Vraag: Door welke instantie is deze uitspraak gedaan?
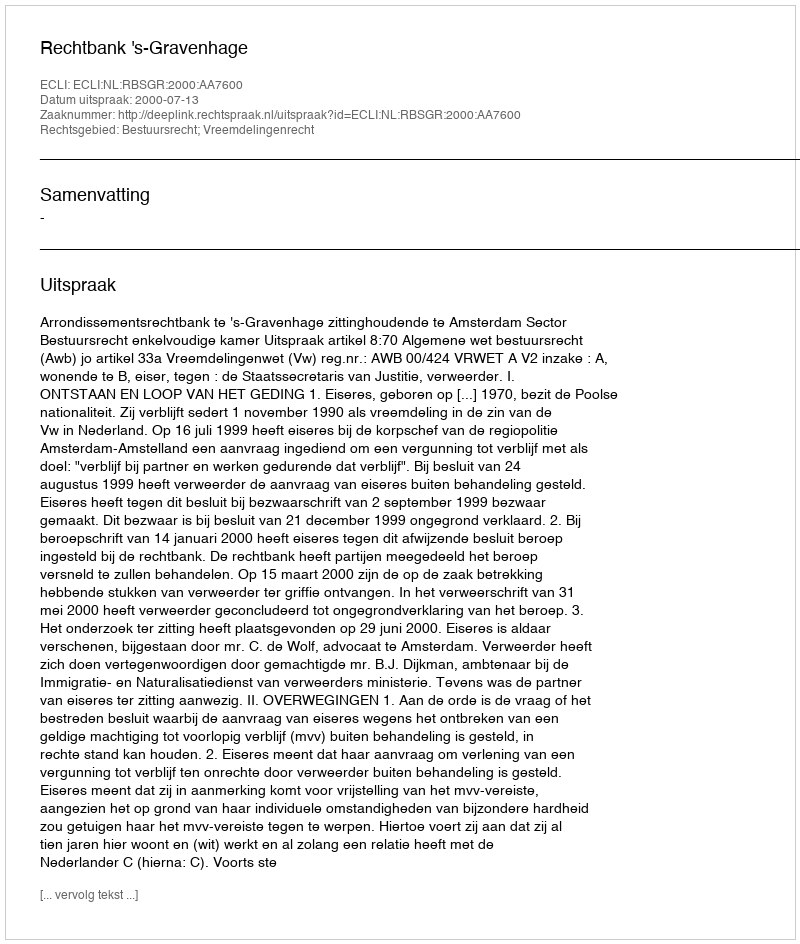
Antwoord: Rechtbank 's-Gravenhage